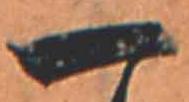
一